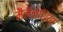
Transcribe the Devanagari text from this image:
मैलेनेशिया